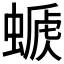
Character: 𧏕